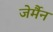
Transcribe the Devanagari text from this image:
जेर्मैन